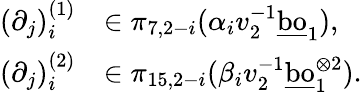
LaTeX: \begin{array}{rl}{(\partial_{j})_{i}^{(1)}}&{\in\pi_{7,2-i}(\alpha_{i}v_{2}^{-1}\underline{{\mathrm{bo}}}_{1}),}\\ {(\partial_{j})_{i}^{(2)}}&{\in\pi_{15,2-i}(\beta_{i}v_{2}^{-1}\underline{{\mathrm{bo}}}_{1}^{\otimes{2}}).}\end{array}